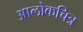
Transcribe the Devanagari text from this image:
आलोकचित्र